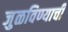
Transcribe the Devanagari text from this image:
जुळविण्याची